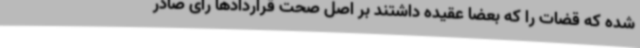
شده که قضات را که بعضاً عقیده داشتند بر اصل صحت قراردادها رای صادر